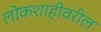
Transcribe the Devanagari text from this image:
लोकशाहीवरील